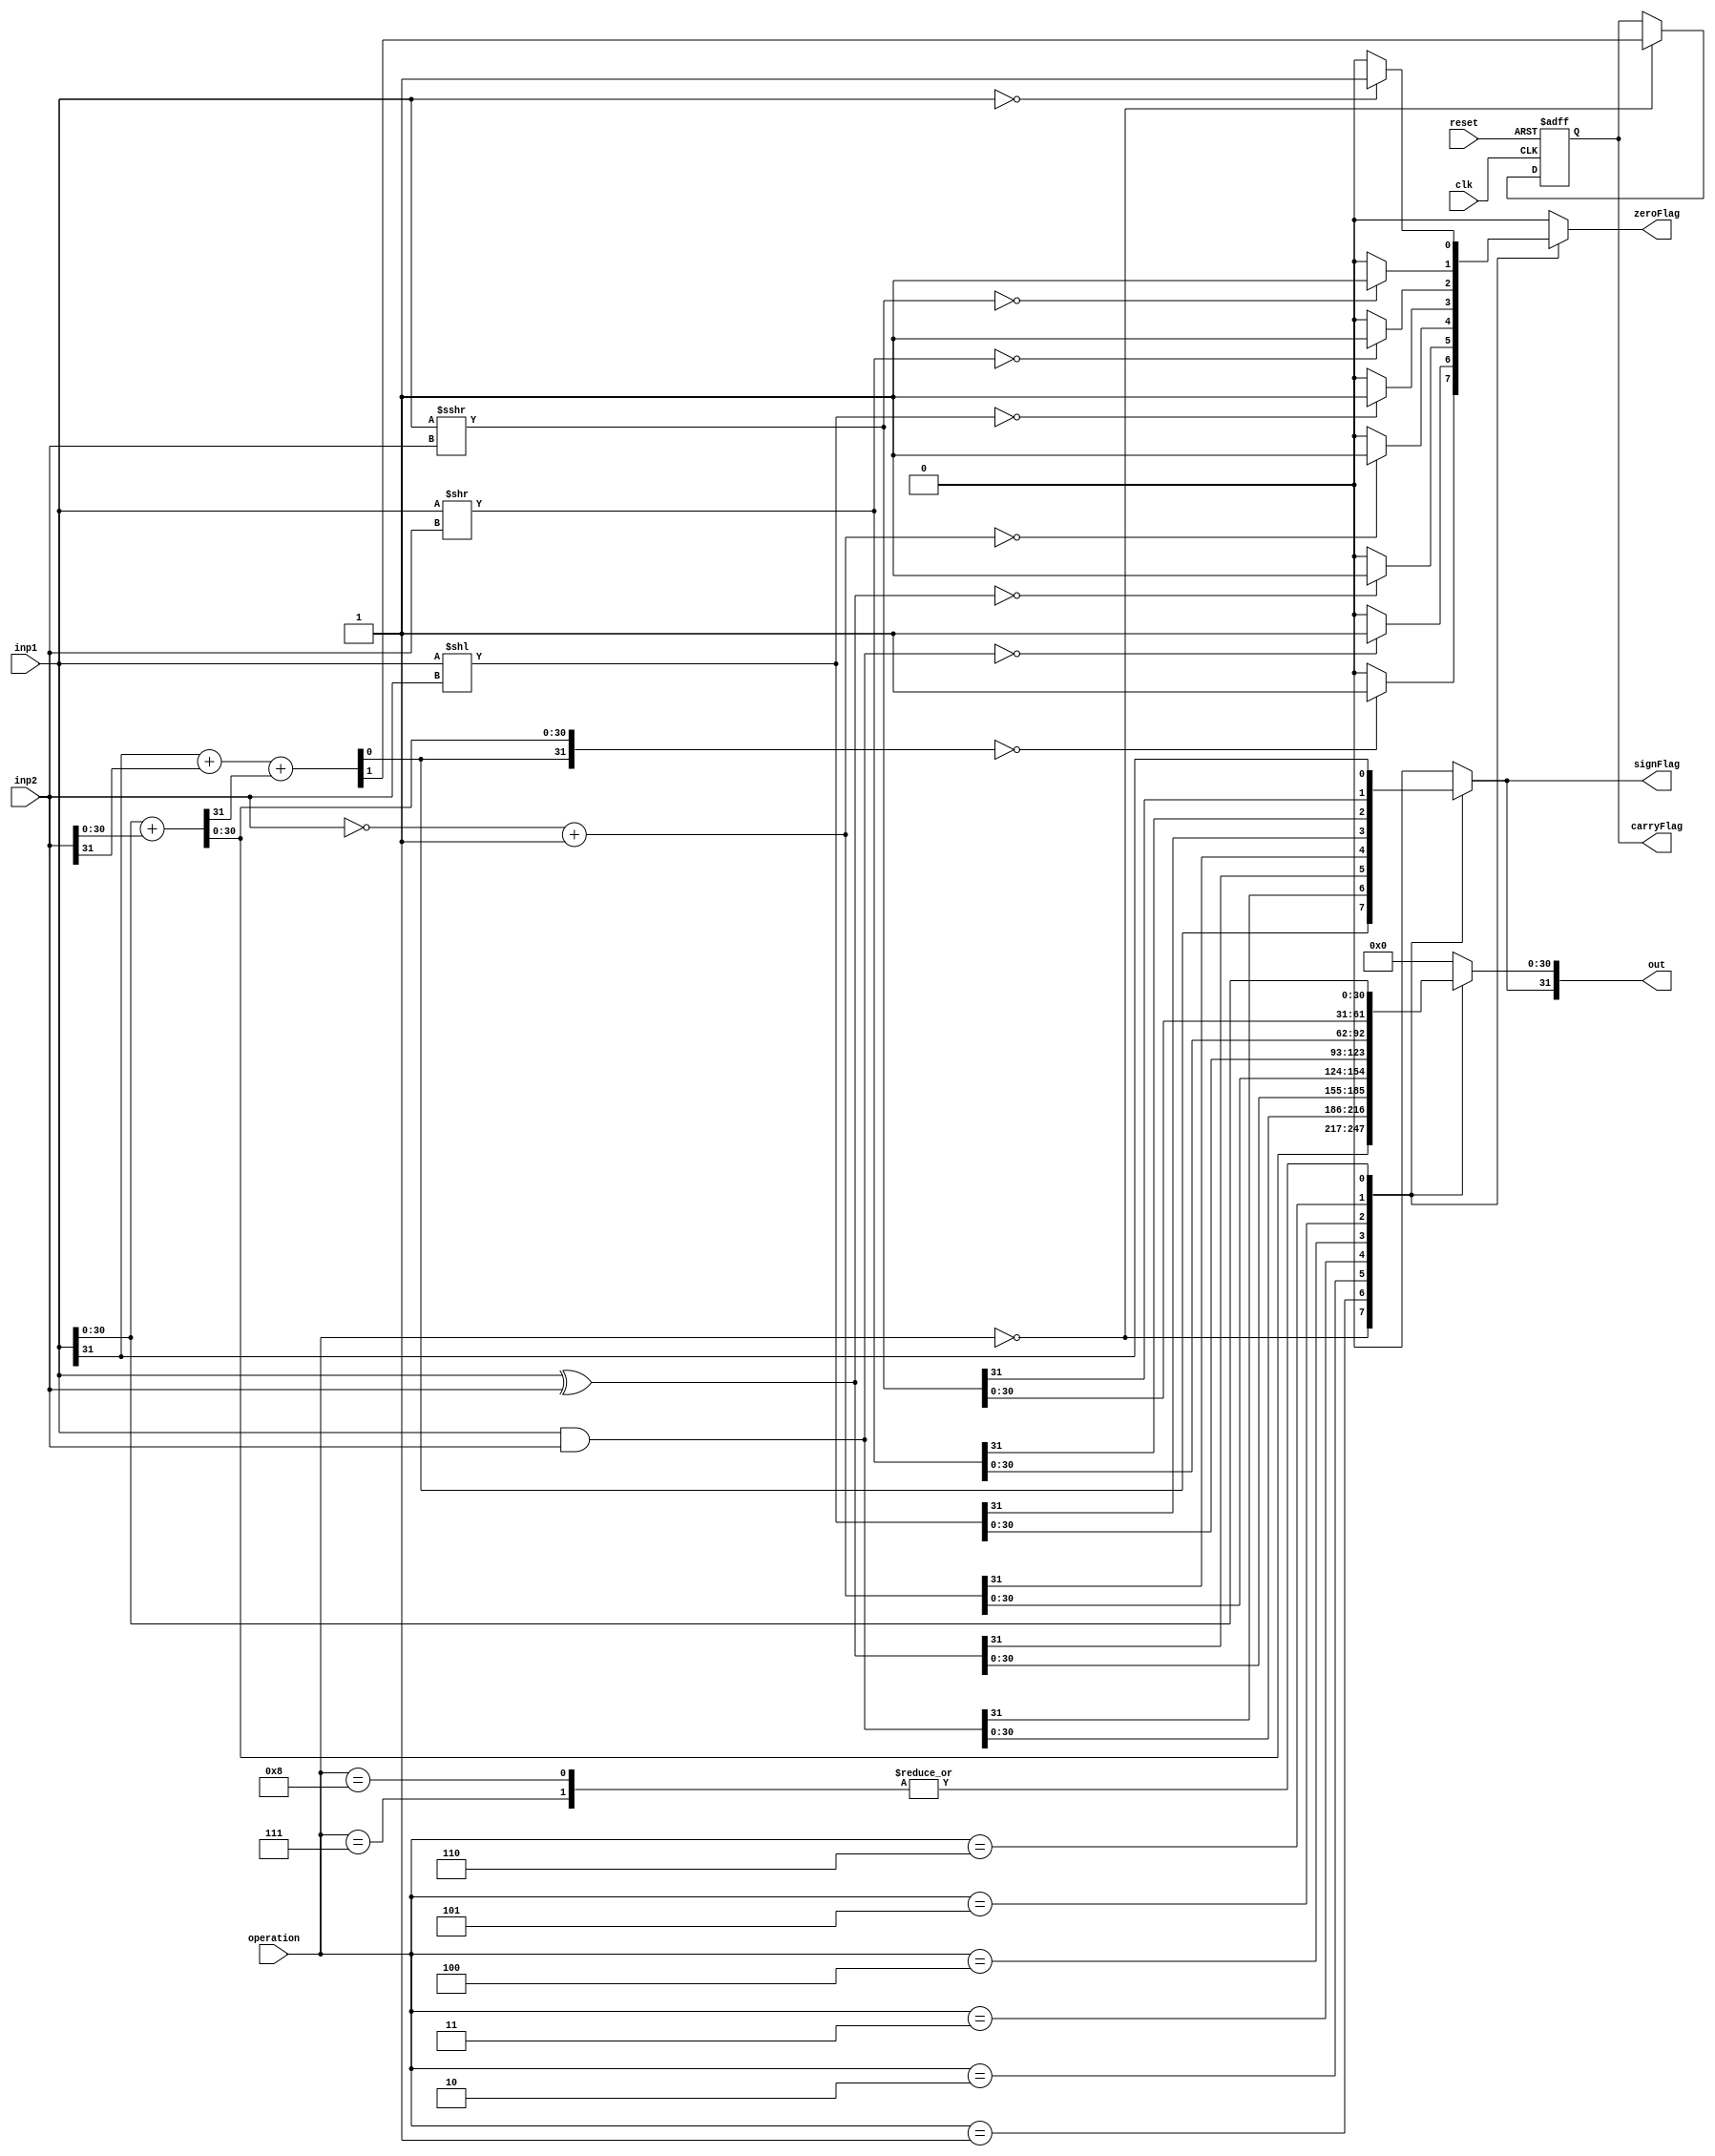
/*
 * Assignment     : KGPRISC
 * Semester       : Autumn 2021 
 * Group          : 46
 * Name1          : Neha Dalmia
 * RollNumber1    : 19CS30055
 * Name2          : Rajat Bachhawat
 * RollNumber2    : 19CS10073
 */

`timescale 1ns / 1ps

module ALU(
    input [31:0] inp1,
    input [31:0] inp2,
	input [3:0] operation,
	input clk,
	input reset,
    output reg [31:0] out,
    output reg carryFlag,
    output reg zeroFlag,
    output reg signFlag
    );

reg c31,c32;
// Sequential block for remembering carry
always @(posedge clk or posedge reset) begin
	 if(reset) begin
		  carryFlag <= 1'b0;
	 end
	 else if(operation == 4'b0000) begin
		  carryFlag <= c32;
	 end
end

// Combinational block for ALU Logic
always @(*)
	begin
		c31 = 1'b0;
		c32 = 1'b0;
		case(operation) 
			4'b0000: 	begin		//add
						{c31,out[30:0]}=inp1[30:0]+inp2[30:0];
						{c32,out[31]}=inp1[31]+inp2[31]+c31;
						zeroFlag=(out==0)?1'b1:1'b0;
						signFlag=out[31];
						end
			4'b0001:	begin 	//and
						out=inp1&inp2;
						zeroFlag=(out==0)?1'b1:1'b0;
						signFlag=out[31];
						end 
			4'b0010:	begin 	//xor
						out=inp1^inp2;
						zeroFlag=(out==0)?1'b1:1'b0;
						signFlag=out[31];
						end 
			4'b0011:	begin		//comp
						out=(~inp2)+1; // 2's complement of rt
						zeroFlag=(out==0)?1'b1:1'b0;
						signFlag=out[31];
						end 
			4'b0100:	begin		//shll
						out=inp1<<inp2;
						zeroFlag=(out==0)?1'b1:1'b0;
						signFlag=out[31];
						end
			4'b0101:	begin		//shrl
						out=inp1>>inp2;
						zeroFlag=(out==0)?1'b1:1'b0;
						signFlag=out[31];
						end
			4'b0110:	begin		//shra
						out=inp1>>>inp2;
						zeroFlag=(out==0)?1'b1:1'b0;
						signFlag=out[31];
						end
			4'b0111:    begin   // less than 0
						out = inp1;
						zeroFlag=(out==0)?1'b1:1'b0;
						signFlag=out[31];
						end  
			4'b1000:    begin   // equal to 0
						out = inp1;
						zeroFlag=(out==0)?1'b1:1'b0;
						signFlag=out[31];
						end  
			default:                
						begin
						out = 32'b0;
						zeroFlag = 1'b0;
						signFlag = 1'b0;
						end
		endcase
    end			
endmodule